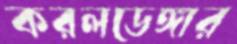
করলডেঙ্গার